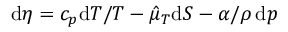
\mathrm { d } \eta = c _ { p } \mathrm { d } T / T - \hat { \mu } _ { T } \mathrm { d } S - \alpha / \rho \, \mathrm { d } p